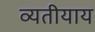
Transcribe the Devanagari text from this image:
व्यतीयाय